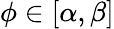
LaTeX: \phi\in[\alpha,\beta]